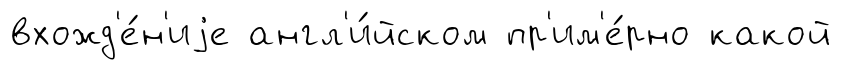
вхожд'е́н'иjе англ'и́йском пр'им'е́рно какой